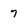
Character: 7